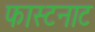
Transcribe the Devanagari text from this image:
फास्टनाट